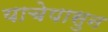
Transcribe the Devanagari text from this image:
याचेपासुन